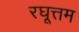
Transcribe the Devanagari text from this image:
रघूत्तम